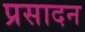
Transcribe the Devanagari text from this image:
प्रसादन